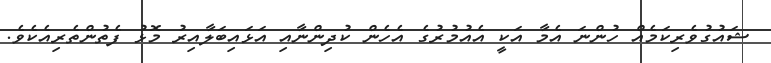
ޝައުގުވެރިކަމެއް ހުންނަ އެމާ އަކީ އެއުމުރުގެ އެހެން ކުދިންނާއި އަޅައިބަލާއިރު މޮޅު ފެތުންތެރިއެކެވެ.